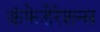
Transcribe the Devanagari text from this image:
कंफेडेरेशन्स